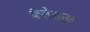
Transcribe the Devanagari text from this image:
कैलेंडर्स